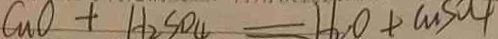
C u O + H _ { 2 } S O _ { 4 } = H _ { 2 } O + C u S O _ { 4 }